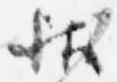
状